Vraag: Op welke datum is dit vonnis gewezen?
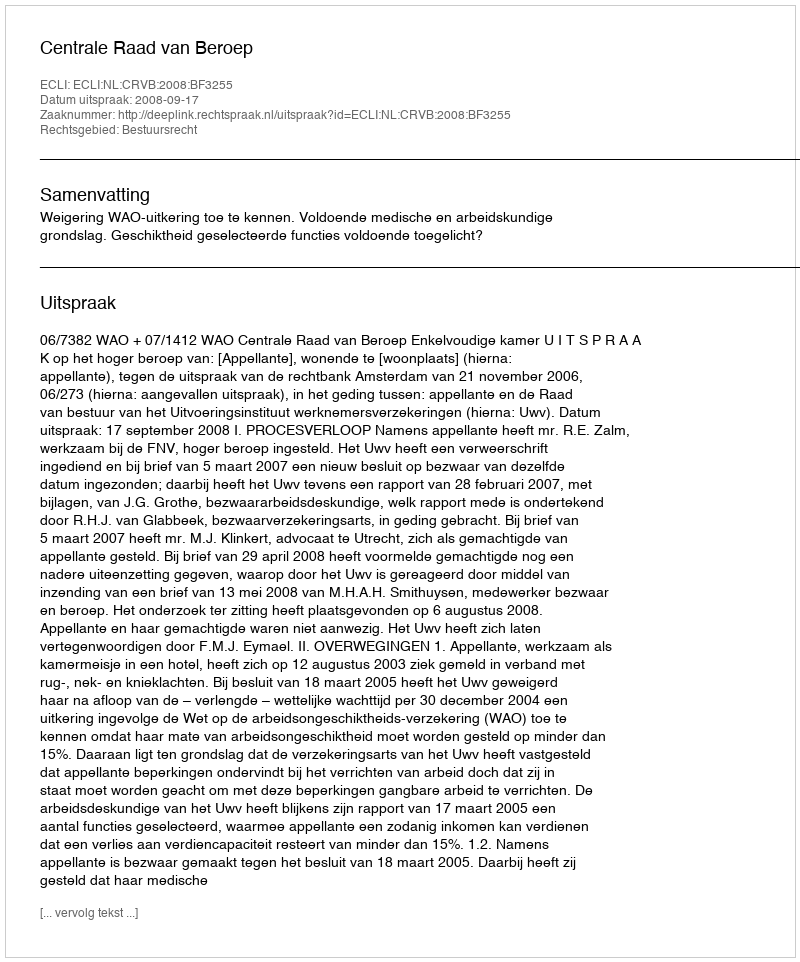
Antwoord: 2008-09-17